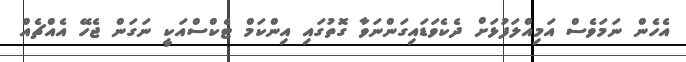
އެހެން ނަމަވެސް އަމިއްލަފުޅަށް ދެކެވަޑައިގަންނަވާ ގޮތުގައި އިންކަމް ޓެކްސްއަކީ ނަގަން ޖެހޭ އެއްޗެއް